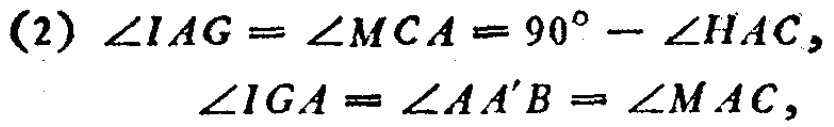
(2) \(\angle IAG = \angle MCA = 90^{\circ}-\angle HAC\),

\(\angle IGA=\angle AA'B=\angle MAC\),